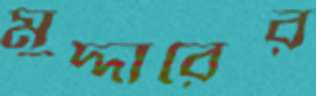
মুদ্দারের